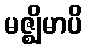
မဇ္ဈိမာပိ